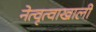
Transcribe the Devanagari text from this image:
नेत्वृत्वाखाली